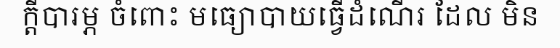
ក្តីបារម្ភ ចំពោះ មធ្យោបាយធ្វើដំណើរ ដែល មិន